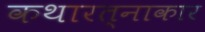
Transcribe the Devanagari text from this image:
कथारत्नाकार